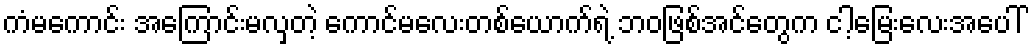
ကံမကောင်း အကြောင်းမလှတဲ့ ကောင်မလေးတစ်ယောက်ရဲ့ ဘဝဖြစ်အင်တွေက ငါ့မြေးလေးအပေါ်